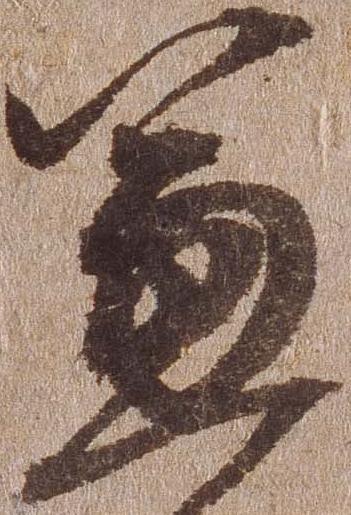
兼